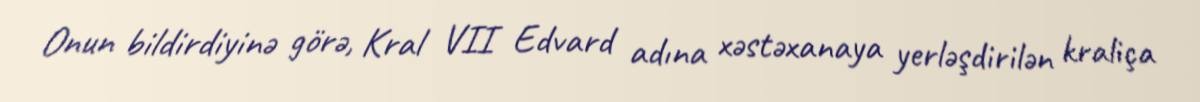
Onun bildirdiyinə görə, Kral VII Edvard adına xəstəxanaya yerləşdirilən kraliça